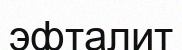
эфталит